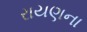
રાયણના